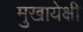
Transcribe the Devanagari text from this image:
मुखायेक्षी